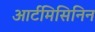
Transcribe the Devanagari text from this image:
आर्टमिसिनिन